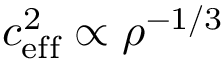
c _ { \mathrm { e f f } } ^ { 2 } \propto \rho ^ { - 1 / 3 }